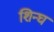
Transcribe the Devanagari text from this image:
शिन्घ